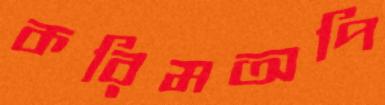
করিমঅপি